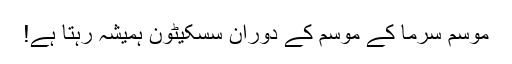
موسم سرما کے موسم کے دوران سسکیٹون ہمیشہ رہتا ہے!